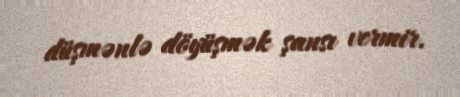
düşmənlə döyüşmək şansı vermir.